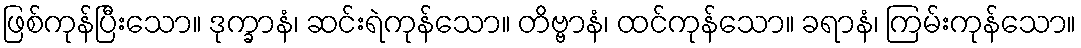
ဖြစ်ကုန်ပြီးသော။ ဒုက္ခာနံ၊ ဆင်းရဲကုန်သော။ တိဗ္ဗာနံ၊ ထင်ကုန်သော။ ခရာနံ၊ ကြမ်းကုန်သော။